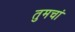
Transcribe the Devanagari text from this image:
तुमचां